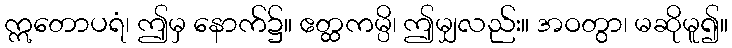
ဣတောပရံ၊ ဤမှ နောက်၌။ ဧတ္ထကမ္ပိ၊ ဤမျှလည်း။ အဝတွာ၊ မဆိုမူ၍။